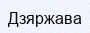
Дзяржава